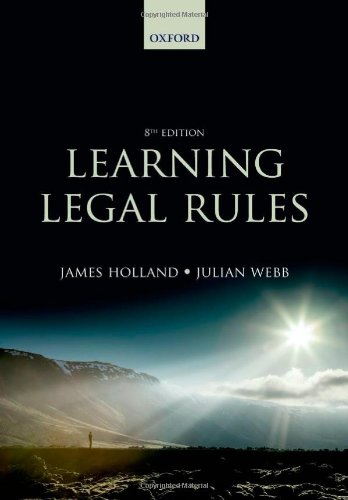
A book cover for Learning Legal Rules; James Holland; Law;